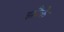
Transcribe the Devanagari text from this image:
झौके